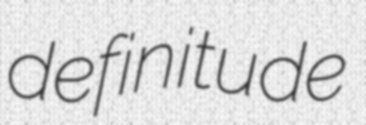
definitude